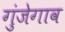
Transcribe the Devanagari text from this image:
गुंजेगाव